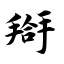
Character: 搿